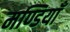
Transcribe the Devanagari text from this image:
मण्डियाँ